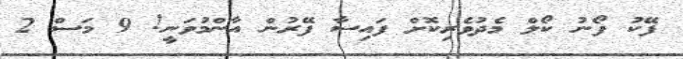
ފޭކު ފޯނު ކޯލް މެދުވެރިކޮށް ފައިސާ ފޭރުން އާންމުވަނީ! 9 މަސް 2